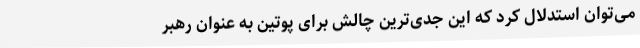
می‌توان استدلال کرد که این جدی‌ترین چالش برای پوتین به عنوان رهبر